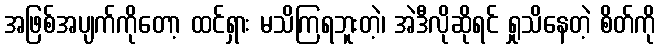
အဖြစ်အပျက်ကိုတော့ ထင်ရှား မသိကြရဘူးတဲ့၊ အဲဒီလိုဆိုရင် ရှုသိနေတဲ့ စိတ်ကို